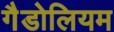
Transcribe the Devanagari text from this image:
गैडोलियम